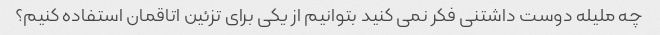
چه ملیله دوست داشتنی فکر نمی کنید بتوانیم از یکی برای تزئین اتاقمان استفاده کنیم؟